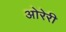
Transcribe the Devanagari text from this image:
ओरेरी